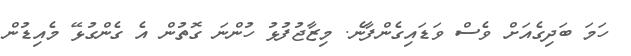
ހަމަ ބަދިގެއަށް ވެސް ވަޑައިގެންފާނެ. މިޒާޖުފުޅު ހުންނަ ގޮތުން އެ ގެންގުޅޭ މެއިޑުން